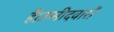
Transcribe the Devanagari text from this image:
हैं।उम्मीदवारों